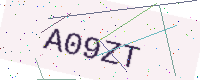
Text: A09ZT